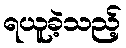
ရယူခဲ့သည့်